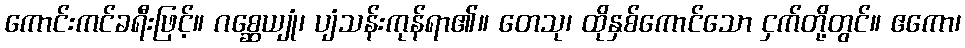
ကောင်းကင်ခရီးဖြင့်။ ဂစ္ဆေယျုံ၊ ပျံသန်းကုန်ရာ၏။ တေသု၊ ထိုနှစ်ကောင်သော ငှက်တို့တွင်။ ဧကော၊